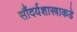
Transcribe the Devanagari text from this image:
सौंदर्यशास्त्राकडे